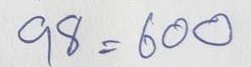
98 = 600